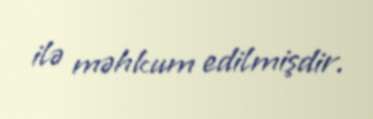
ilə məhkum edilmişdir.